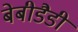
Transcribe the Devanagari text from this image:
बेबीडैडी